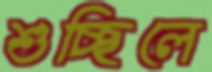
শুচ্ছিলে